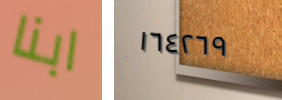
ابنا ١٦٤٢٦٩